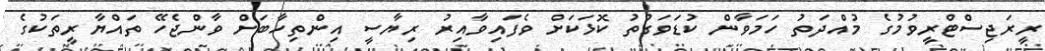
ރީރަޖިސްޓްރީވުމުގެ މުއްދަތު ހަމަވާން ކުޑަވަގުތު ކޮޅަކަށް ވެފައިވާއިރު ރިޔާސީ އިންތިހާބަށް ވާންޖެހޭ ތައްޔާރީތަކުގެ